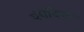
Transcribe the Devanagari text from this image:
पंचेंद्रियां